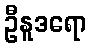
ဦနူဒရော